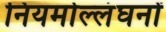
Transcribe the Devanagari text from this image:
नियमोल्लंघनों